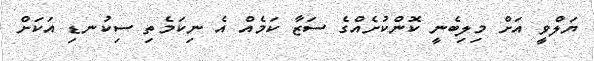
ޔަލްވީ އަށް މިލިބެނީ ކޮންކުށެއްގެ ސަޒާ ކަމެއް އެ ނިކަމެތި ސިކުނޑި އަކަށް